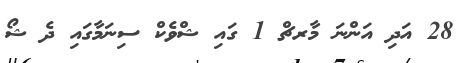
28 އަދި އަންނަ މާރޗް 1 ގައި ޝްވެކް ސިނަމާގައި ދެ ޝޯ